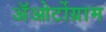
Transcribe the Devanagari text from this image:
अॅओर्टोग्राम